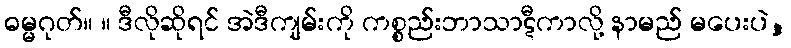
ဓမ္မဂုတ်။ ။ ဒီလိုဆိုရင် အဲဒီကျမ်းကို ကစ္စည်းဘာသာဋီကာလို့ နာမည် မပေးပဲ,